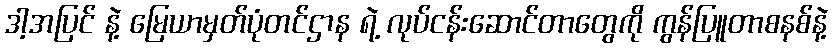
ဒါ့အပြင် နဲ့ မြေယာမှတ်ပုံတင်ဌာန ရဲ့ လုပ်ငန်းဆောင်တာတွေကို ကွန်ပြူတာစနစ်နဲ့